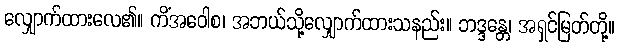
လျှောက်ထားလေ၏။ ကိံအဝေါစ၊ အဘယ်သို့လျှောက်ထားသနည်း။ ဘဒ္ဒန္တေ၊ အရှင်မြတ်တို့။